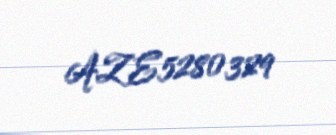
AZE5280329